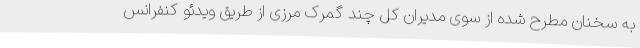
به سخنان مطرح شده از سوی مدیران کل چند گمرک مرزی از طریق ویدئو کنفرانس